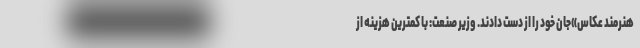
هنرمند عکاس»جان خود را از دست دادند. وزیر صنعت: با کمترین هزینه از